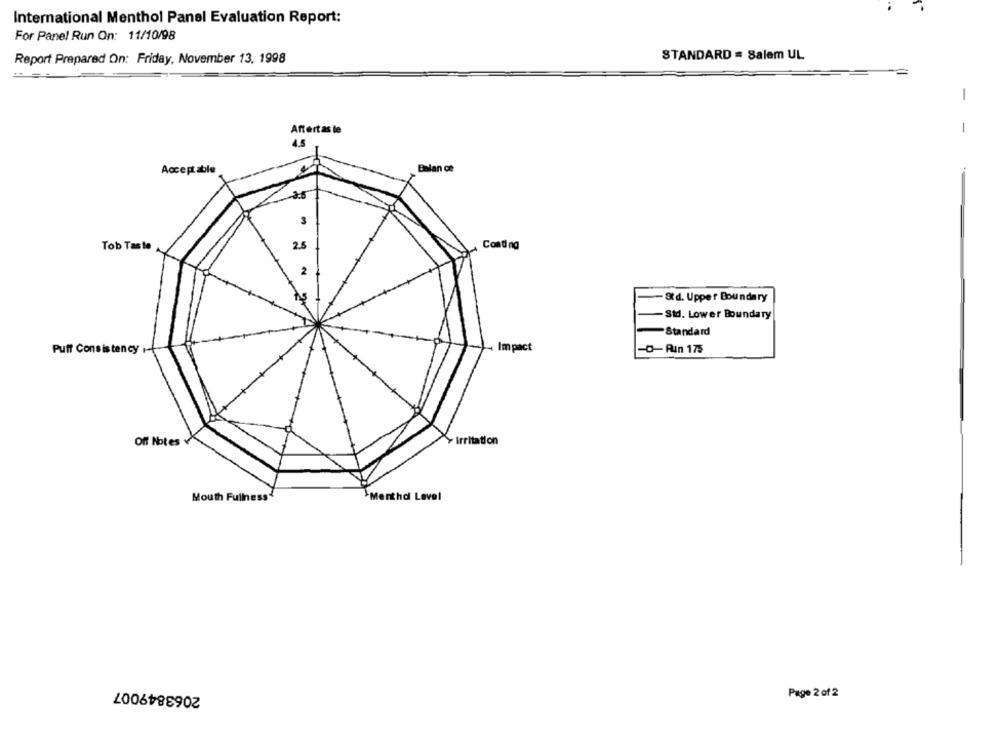
International Menthol Panel Evaluation Report:
For Panel Run On: 11/10/98
Report Prepared On: Friday, November 13, 1998
STANDARD = Salem UL
-
Affertas le
4.5
Acceptable
Balan ce
2.5
2.5
Cond ng
Tob Taste
2
Std. Upper Boundary
-Std. Lower Boundary
Standard
Impact
-D-Aun 175
Puff Consistency
Off Notes v
Irritation
Merthd Level
Mouth Fullness
2063849007
Page 2 of 2